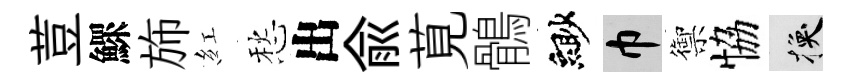
荳鰥斾紅愁出兪莧鶻緲巾禦恊换